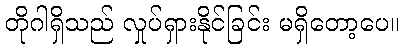
တိုဂါရှိသည် လှုပ်ရှားနိုင်ခြင်း မရှိတော့ပေ။